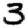
Digit: 3